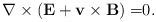
LaTeX: \begin{align*}\nabla \times (\mathbf{E+v\times B)=}0\mathbf{.} \end{align*}